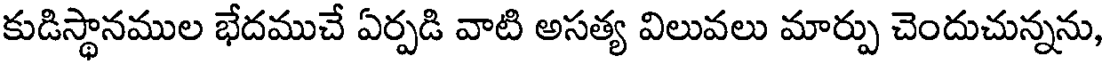
కుడిస్థానముల భేదముచే ఏర్పడి వాటి అసత్య విలువలు మార్పు చెందుచున్నను,